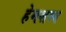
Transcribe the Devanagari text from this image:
हेमशस्य